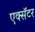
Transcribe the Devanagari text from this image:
एक्सॅटर